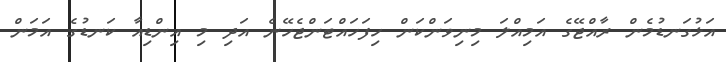
އަޅުގަނޑުމެން ރާއްޖޭގެ އަމިއްލަ މިނިވަންކަން ހިފަހައްޓަންޖެހޭނެ އަދި މި އިންޑިއާ ކަނޑުގެ އަމަން